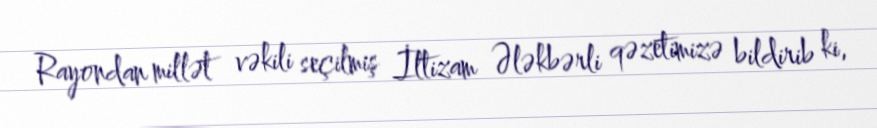
Rayondan millət vəkili seçilmiş İltizam Ələkbərli qəzetimizə bildirib ki,